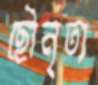
ছৌনৃত্য